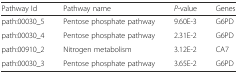
| Pathway Id | Pathway name | P-value | Genes |
 | --- | --- | --- | --- |
 | path:00030_5 | Pentose phosphate pathway | 9.60E-3 | G6PD |
 | path:00030_4 | Pentose phosphate pathway | 2.31E-2 | G6PD |
 | path:00910_2 | Nitrogen metabolism | 3.12E-2 | CA7 |
 | path:00030_3 | Pentose phosphate pathway | 3.65E-2 | G6PD |